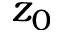
z _ { 0 }